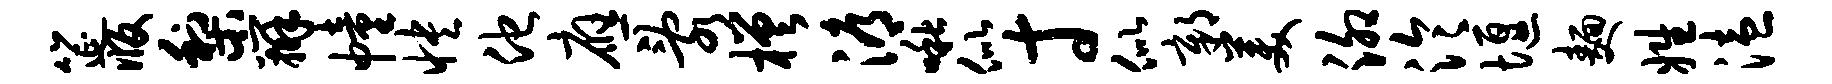
筵版梨辨幢怏他应乱槎溽啾似寸似鄣美泖泠堰面姓溘